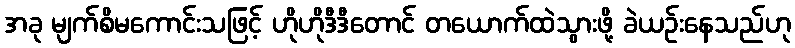
အခု မျက်စိမကောင်းသဖြင့် ဟိုဟိုဒီဒီတောင် တယောက်ထဲသွားဖို့ ခဲယဉ်းနေသည်ဟု